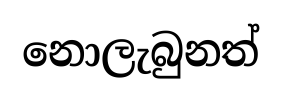
නොලැබුනත්